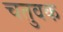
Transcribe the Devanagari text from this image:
चतुवक